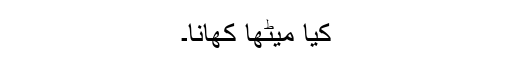
کیا میٹھا کھانا۔